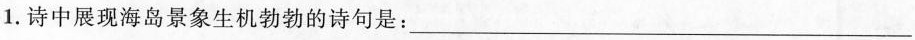
1.诗中展现海岛景象生机勃勃的诗句是：___